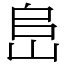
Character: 峊